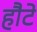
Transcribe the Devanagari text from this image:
हौटे